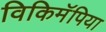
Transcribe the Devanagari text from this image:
विकिमॅपिया